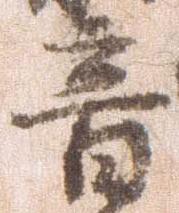
音